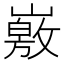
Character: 𡽄